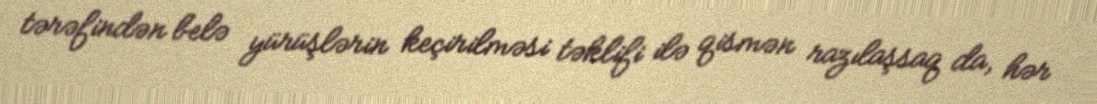
tərəfindən belə yürüşlərin keçirilməsi təklifi ilə qismən razılaşsaq da, hər